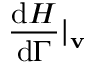
\frac { \mathrm { d } H } { \mathrm { d } \Gamma } | _ { \mathbf { v } }